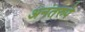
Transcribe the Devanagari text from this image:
अनंतरुपे